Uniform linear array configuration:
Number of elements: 12
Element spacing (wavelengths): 1
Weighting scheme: binomial
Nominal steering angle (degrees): -45
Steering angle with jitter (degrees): -43.683
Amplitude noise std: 0.05
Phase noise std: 0.05

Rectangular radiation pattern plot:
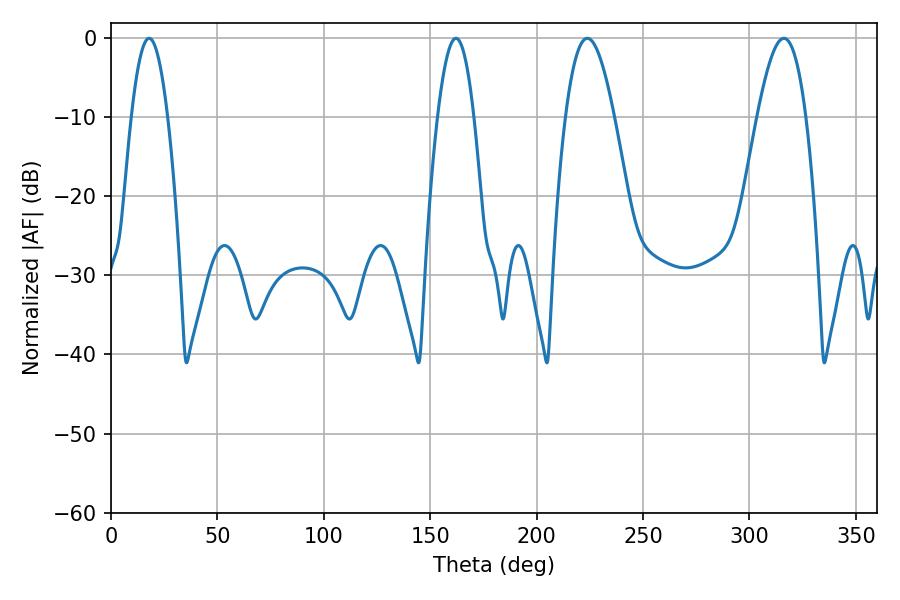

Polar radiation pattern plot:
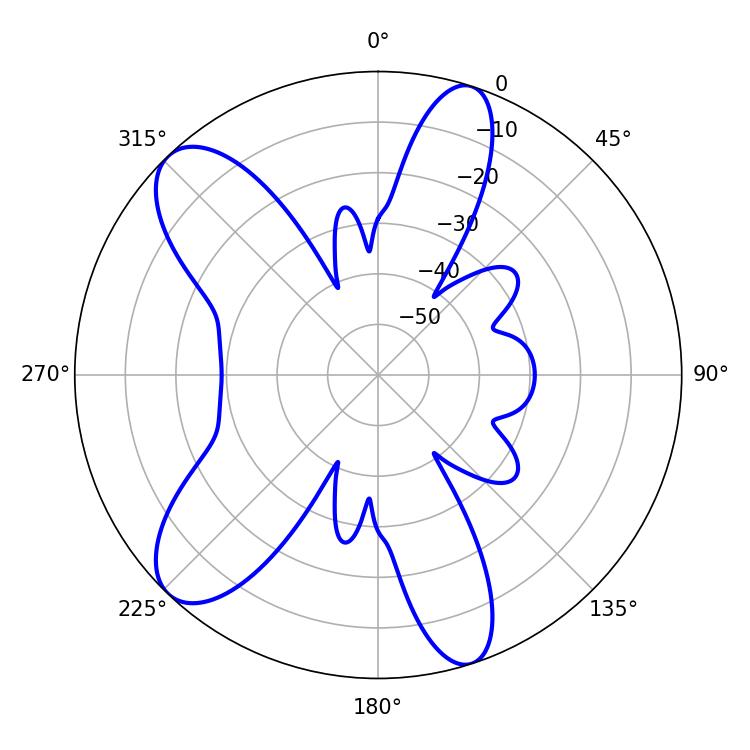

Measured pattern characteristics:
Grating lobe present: TRUE
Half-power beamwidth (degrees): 12.42
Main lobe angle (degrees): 223.74